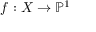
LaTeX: f : X \to \mathbb { P } ^ { 1 }